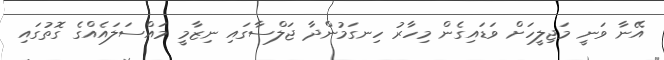
އޭނާ ވަނީ މަޖިލީހަށް ވަޑައިގެން މިހާރު ހިނގަމުންދާ ޖަލްސާގައި ނިޒާމީ މައްސަލައެއްގެ ގޮތުގައި